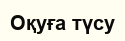
Оқуға түсу